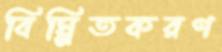
বিঘ্নিতকরণ